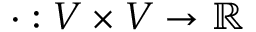
\cdot : V \times V \rightarrow \mathbb { R }